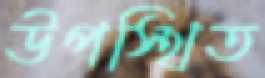
উপস্থিত